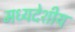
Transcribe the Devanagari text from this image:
मध्‍यदेशीय